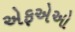
એફએઓ